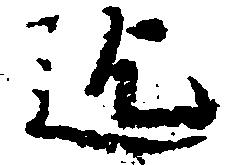
迄